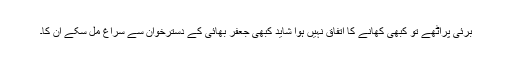
برئی پراٹھے تو کبھی کھانے کا اتفاق نہیں ہوا شاید کبھی جعفر بھائی کے دسترخوان سے سُراغ مل سکے ان کا۔